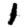
Digit: 1